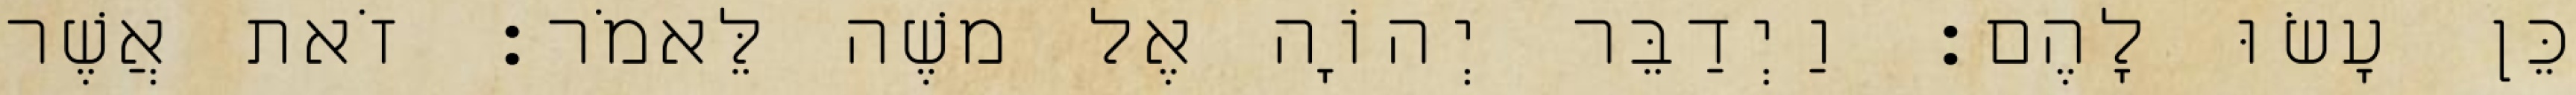
כֵּן עָשׂוּ לָהֶם׃ וַיְדַבֵּר יְהוָֹה אֶל משֶׁה לֵּאמֹר׃ זֹאת אֲשֶׁר